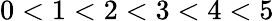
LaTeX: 0<1<2<3<4<5